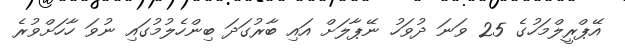
އޭޕްރީލްމަހުގެ 25 ވަނަ ދުވަހު ނޭޕާލަށް އައި ބާރުގަދަ ބިންހެލުމުގައި ނުވަ ހާހަށްވުރެ